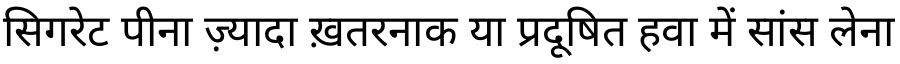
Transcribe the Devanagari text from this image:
सिगरेट पीना ज़्यादा ख़तरनाक या प्रदूषित हवा में सांस लेना